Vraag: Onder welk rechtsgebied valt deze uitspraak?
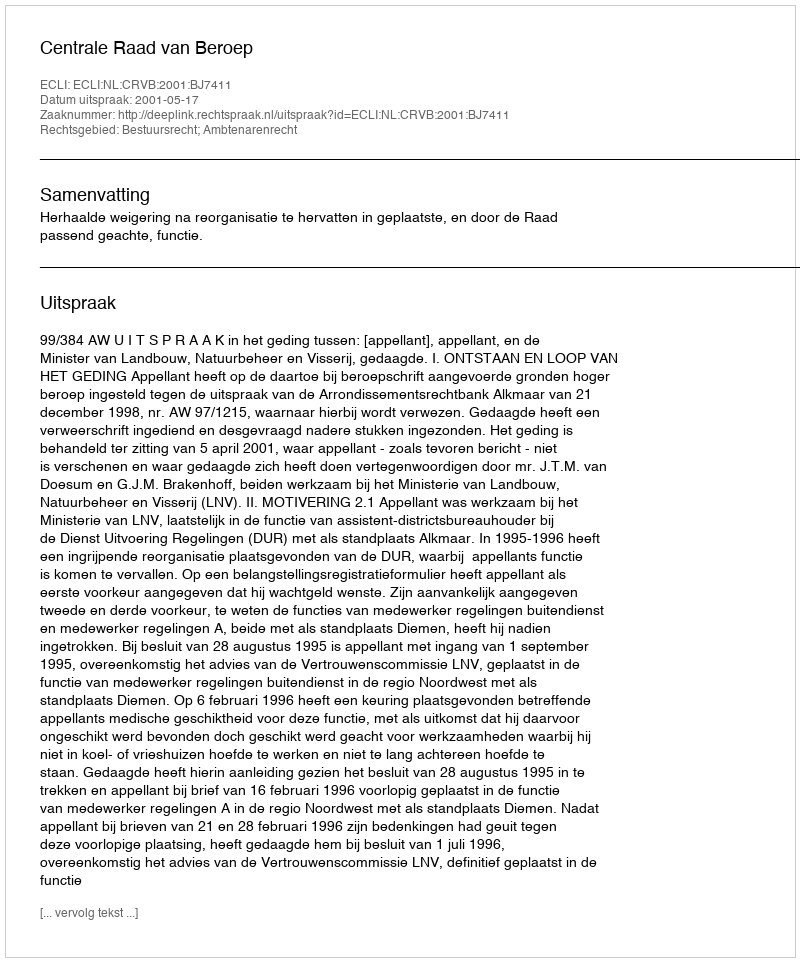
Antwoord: Bestuursrecht; Ambtenarenrecht